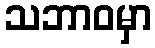
သဘာဝမှာ